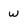
Character: w